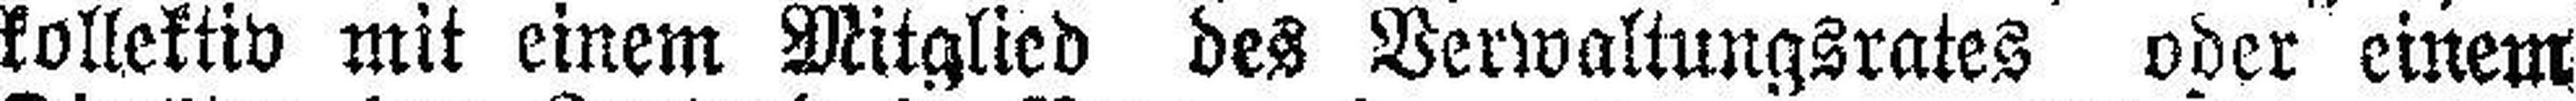
kollektiv mit einem Mitglied des Verwaltungsrates oder einem